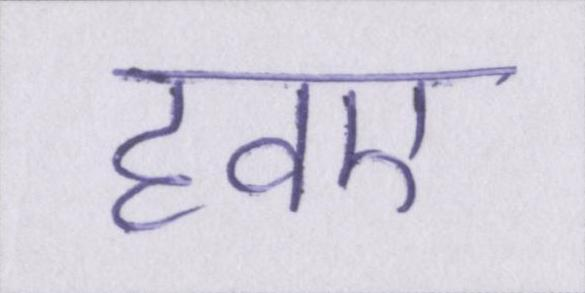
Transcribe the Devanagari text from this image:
हवए